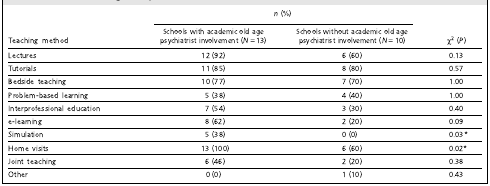
<table><thead><tr><td></td><td colspan="2"><b><i>n</i> (%)</b></td><td></td></tr><tr><td><b>Teaching method</b></td><td><b>Schools with academic old agepsychiatrist involvement (<i>N</i> = 13)</b></td><td><b>Schools without academic old agepsychiatrist involvement (<i>N</i> = 10)</b></td><td><b>χ<sup>2</sup> (<i>P</i>)</b></td></tr></thead><tbody><tr><td>Lectures</td><td>12 (92)</td><td>6 (60)</td><td>0.13</td></tr><tr><td>Tutorials</td><td>11 (85)</td><td>8 (80)</td><td>0.57</td></tr><tr><td>Bedside teaching</td><td>10 (77)</td><td>7 (70)</td><td>1.00</td></tr><tr><td>Problem-based learning</td><td>5 (38)</td><td>4 (40)</td><td>1.00</td></tr><tr><td>Interprofessional education</td><td>7 (54)</td><td>3 (30)</td><td>0.40</td></tr><tr><td>e-learning</td><td>8 (62)</td><td>2 (20)</td><td>0.09</td></tr><tr><td>Simulation</td><td>5 (38)</td><td>0 (0)</td><td>0.03*</td></tr><tr><td>Home visits</td><td>13 (100)</td><td>6 (60)</td><td>0.02*</td></tr><tr><td>Joint teaching</td><td>6 (46)</td><td>2 (20)</td><td>0.38</td></tr><tr><td>Other</td><td>0 (0)</td><td>1 (10)</td><td>0.43</td></tr></tbody></table>